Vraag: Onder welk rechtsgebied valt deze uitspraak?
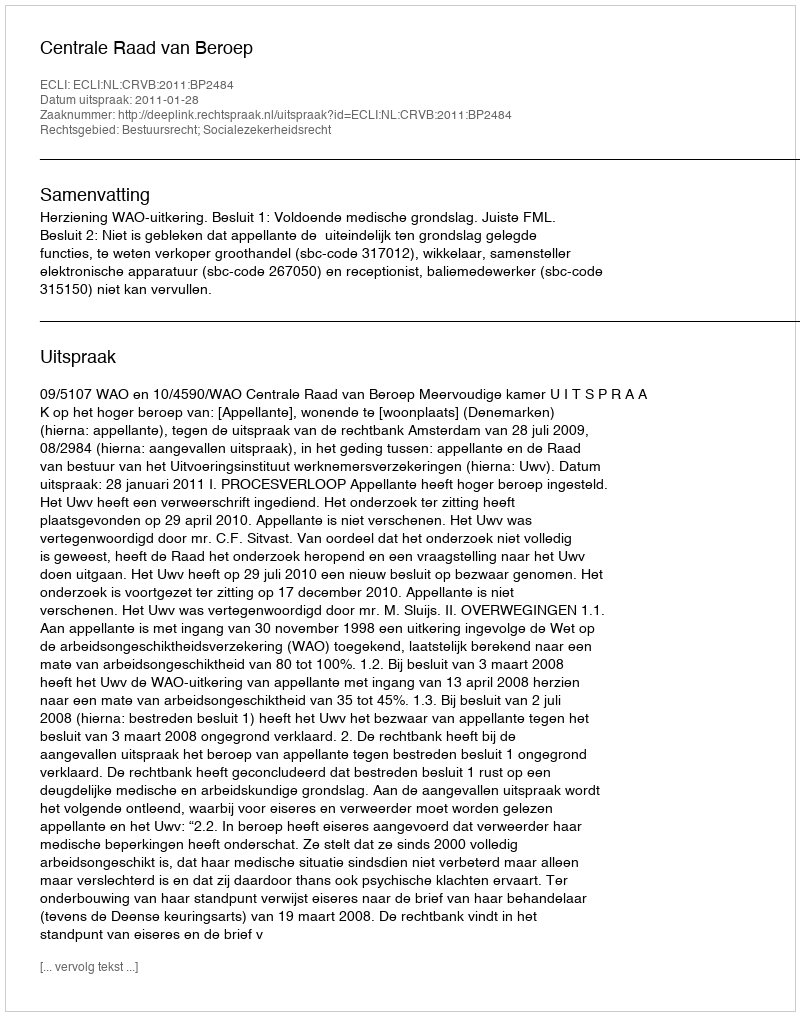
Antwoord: Bestuursrecht; Socialezekerheidsrecht